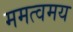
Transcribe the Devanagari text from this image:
ममत्वमय